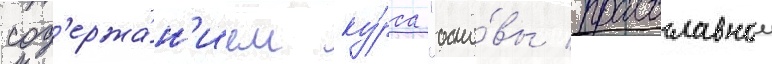
сод'ержа́н'ием ку́рса "осно́вы православнои